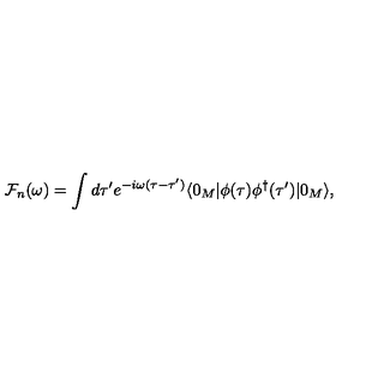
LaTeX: { \cal F } _ { n } ( \omega ) = \int d \tau ^ { \prime } e ^ { - i \omega ( \tau - \tau ^ { \prime } ) } \langle 0 _ { M } | \phi ( \tau ) \phi ^ { \dagger } ( \tau ^ { \prime } ) | 0 _ { M } \rangle ,